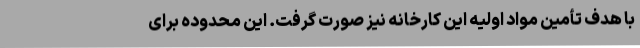
با هدف تأمین مواد اولیه این کارخانه نیز صورت گرفت. این محدوده برای